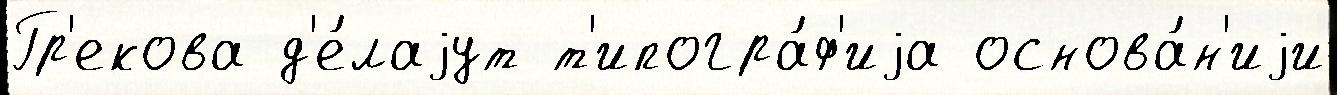
Гр'екова д'е́лаjут т'ипогра́ф'иjа основа́н'иjи